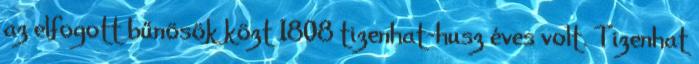
az elfogott bűnösök közt 1808 tizenhat-husz éves volt. Tizenhat